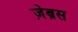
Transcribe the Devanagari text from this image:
ज़ेब्रस